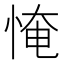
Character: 㤿